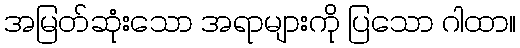
အမြတ်ဆုံးသော အရာများကို ပြသော ဂါထာ။